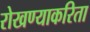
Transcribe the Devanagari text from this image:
रोखण्याकरिता